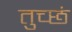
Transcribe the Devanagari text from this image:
तुच्छं